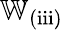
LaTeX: \mathbb{W}_{\mathrm{(iii)}}